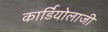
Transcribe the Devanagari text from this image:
कार्डियोलाजी